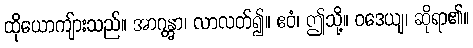
ထိုယောကျ်ားသည်။ အာဂန္တွာ၊ လာလတ်၍။ ဧဝံ၊ ဤသို့။ ဝဒေယျ၊ ဆိုရာ၏။